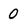
Character: 0